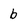
Character: b